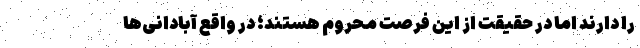
را دارند اما در حقیقت از این فرصت محروم هستند؛ در واقع آبادانی‌ها